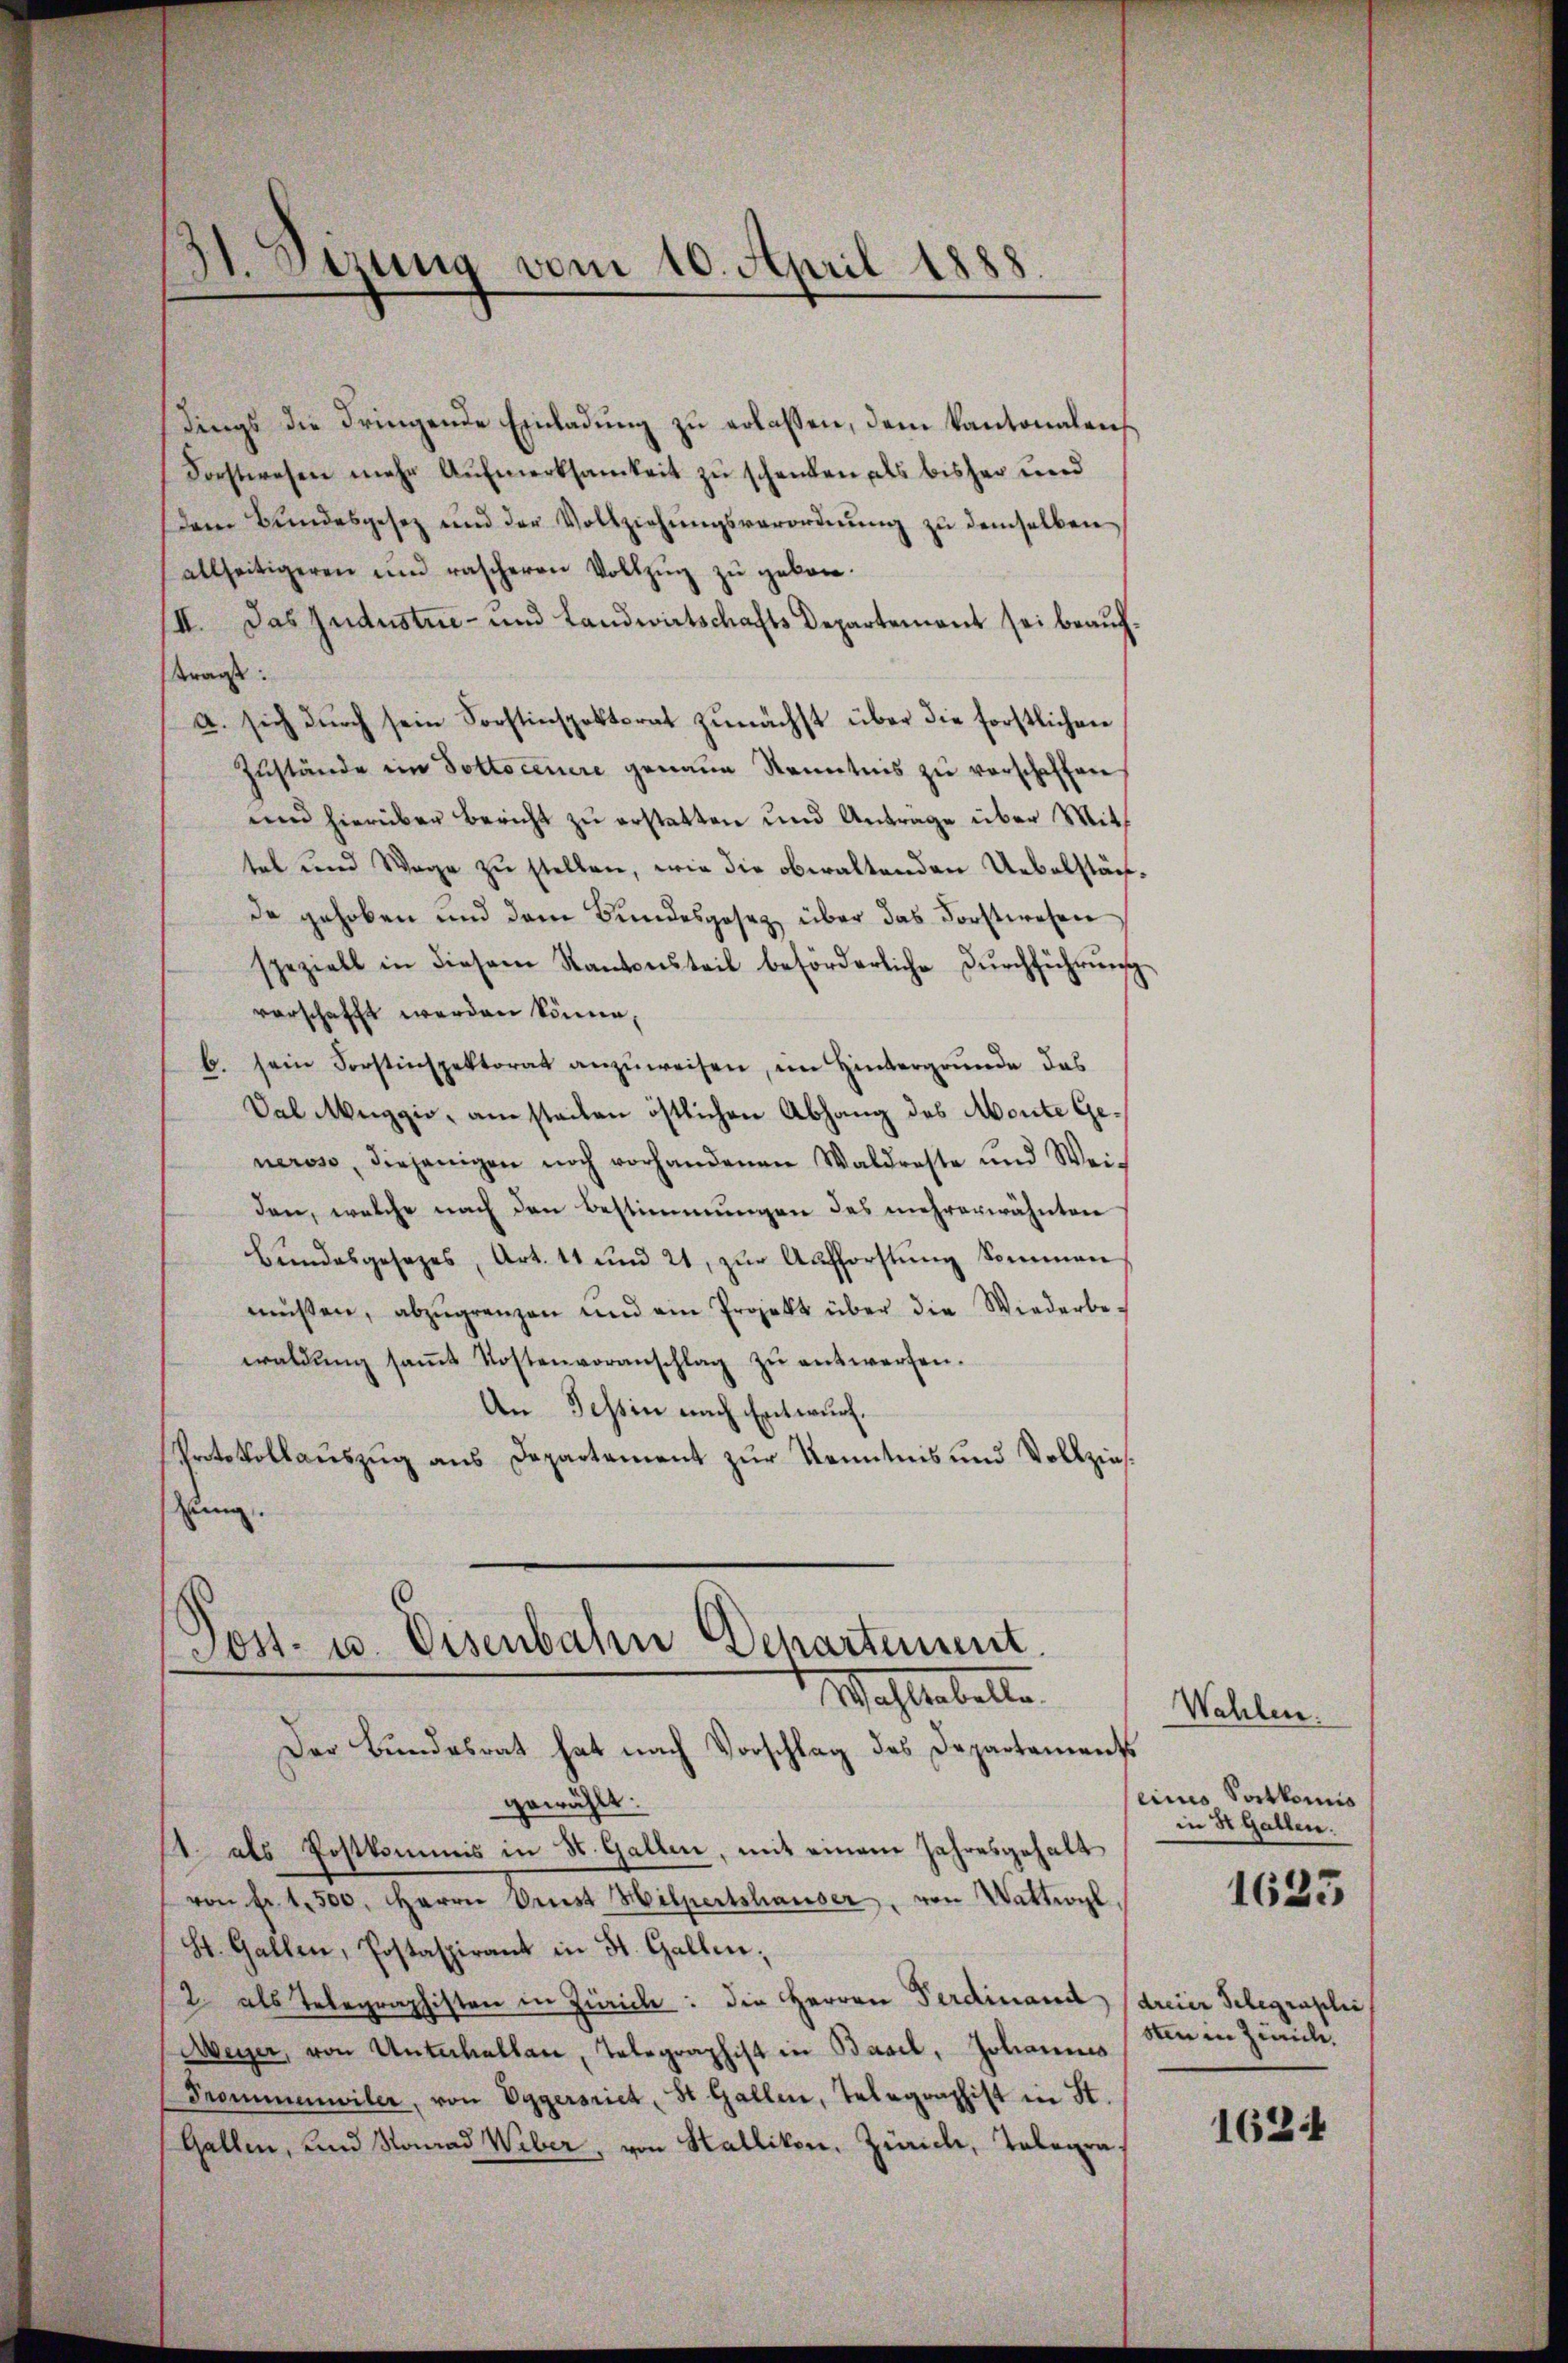
dt. Sizung vom 10. April 1888

dings die dringende Einladung zu erlassen, dem Kantonalen
Forstwesen mehr Aufmerksamkeit zu schenken als bisher und
dem Bŭndesgesez und der Vollziehŭngsverordnŭng zŭ demselben
allseitigeren und rascheren Vollzŭg zŭ geben.
II. Das Judustrie- und Landwirtschafts Departement sei beauf¬
Krage:
a. sich durch sein Forstinspektorat zunächst über die forstlichen
Zustände ein Pottoceuere genaue Kenntnis zu verschaffen
und hierüber Bericht zu erstatten und Anträge über Mitt
tet und Wage zu stellen, wie die obwaltenden Uebelstände gehoben und dem Bundesgesez über das Forstwesen
speziell in diesem Kantonsteil beförderliche Dŭrchführŭng
vorschafft werden könne,
b. sein Forstinspektorat anzuweisen, im Hintergrunde das
Dal Maggio, am stecken östlichen Abhang des Monte Generoso, diejenigen noch vorhandenen Waldraste und Wei-
den, welche nach den Bestimmungen des mehrerwähnten
Bŭndesgesezes, Art. 11 und 21, zŭr Aŭfforstŭng Sommen
müssen, abzŭgrenzen und ein Projekt über die Wiederbe-
waldŭng saṁt Kostenvoranschlag zŭ entwerfen.
An Tessin nach Entwurf.
Protokollauszug aus Departement zur Kenntnis und Vollzieszung

Post- u. Eisenbahn Departement.
Wahlenbelle
Der Bundesrat hat nach Vorschlag des Departements

gewählt:
1. als Postkommis in St. Gallen, mit einem Jahresgehalt
von Nr. 1500. Herrn Drust Hilpertshauser, von Wattwyl,
St. Gallen, Postaspirant in St. Gallen,
2 als Telegraphisten in Zürich: die Herren Ferdinand (dreier Schlegraphi
Weyer, von Unterhalten, Telegraphist in Basel, Johannes
Prommenwiler, von Eggersriet, St. Gallen, Telegraphist in St.
Gallen, und Nonrad Weber, von Stallikon, Zürich, Telegra¬

Wahlen.
seines Sortkomis
in St. Gallen.
sten in Zürich.

1625

1624